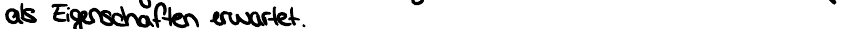
als Eigenschaften erwartet.